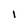
Character: 1